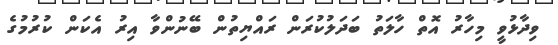
ވިދާޅުވީ މިހާރު އޮތް ހާލަތު ބަދަލުކުރަން ރައްޔިތުން ބޭނުންވާ އިރު އެކަން ކުރުމުގެ